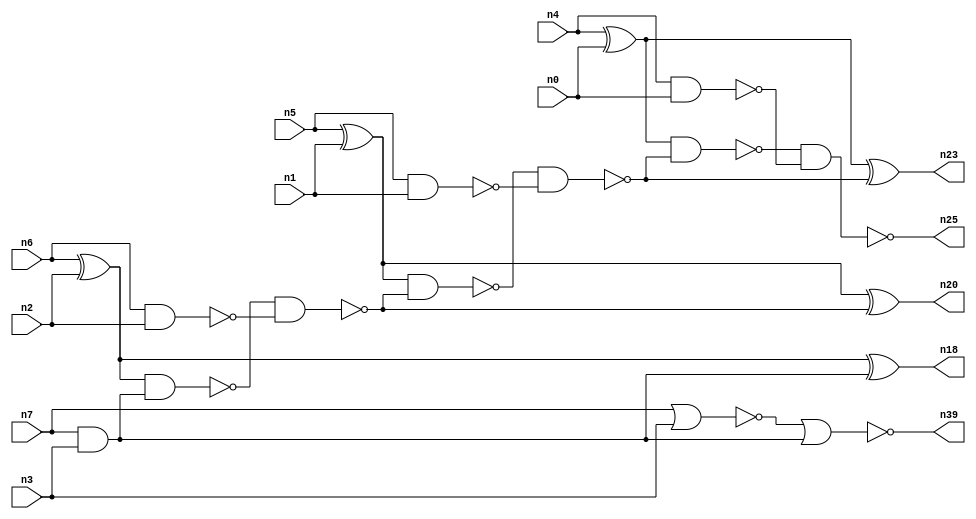
// This file contains a pareto-optimal circuit with respect to delay and the fault-resilince parameter p_fault which is defined as:
// "For all input vectors, the ratio of the no. of faults observable at the POs to the no. of total possible faults in the circuit".
// This code is part of the ReCkt library (https://github.com/umar-afzaal/ReCkt) distributed under The MIT License.
// When used, please cite the following article(s):
// U. Afzaal, A.S. Hassan, M. Usman and J.A. Lee, "On the Evolutionary Synthesis of Increased Fault-resilience Arithmetic Circuits".

// p_fault = 57.0 %    (Lower is better)
// gates = 32.0
// levels = 11
// area = 46.26    (For MCNC library relative to nand2)
// power = 315.8 uW    (Berkely-SIS for MCNC library @ Vdd=5V and 20 MHz clock)
// delay = 20.2 ns    (Berkely-ABC for MCNC library)
// PDP = 6.37916e-12 J

// Pin mapping:
// {n0, n1, n2, n3} = A[3:0]
// {n4, n5, n6, n7} = B[3:0]
// {n25, n23, n20, n18, n39} = O[4:0]

module addr4u_delay_16 (
n0, n1, n2, n3, n4, n5, n6, n7, 
n25, n23, n20, n18, n39
);

input n0, n1, n2, n3, n4, n5, n6, n7;
output n25, n23, n20, n18, n39;
wire n38, n14, n35, n22, n32, n31, n36, n33, n37, n11, n17, n34, n29, n13, n30, n24, n9, n16, n8, n15, 
n10, n26, n19, n21, n27, n28, n12;

xor (n8, n4, n0);
nand (n9, n4, n0);
nand (n10, n5, n1);
nand (n11, n6, n2);
nor (n12, n7, n3);
xor (n13, n6, n2);
and (n14, n7, n3);
xor (n15, n5, n1);
nor (n16, n12, n14);
nand (n17, n13, n14);
xor (n18, n13, n14);
nand (n19, n17, n11);
xor (n20, n15, n19);
nand (n21, n15, n19);
nand (n22, n21, n10);
xor (n23, n8, n22);
nand (n24, n8, n22);
nand (n25, n24, n9);
xnor (n26, n16, n16);
xnor (n27, n16, n16);
xnor (n28, n26, n27);
xnor (n29, n27, n26);
xnor (n30, n29, n28);
xnor (n31, n29, n28);
xnor (n32, n30, n31);
xnor (n33, n31, n32);
xor (n34, n30, n32);
xnor (n35, n33, n34);
xnor (n36, n33, n34);
nor (n37, n36, n35);
nand (n38, n35, n37);
and (n39, n16, n38);

endmodule